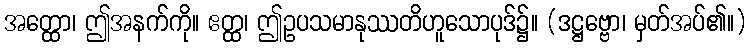
အတ္ထော၊ ဤအနက်ကို။ ဧတ္ထ၊ ဤဥပသမာနုဿတိဟူသောပုဒ်၌။ (ဒဋ္ဌဗ္ဗော၊ မှတ်အပ်၏။)